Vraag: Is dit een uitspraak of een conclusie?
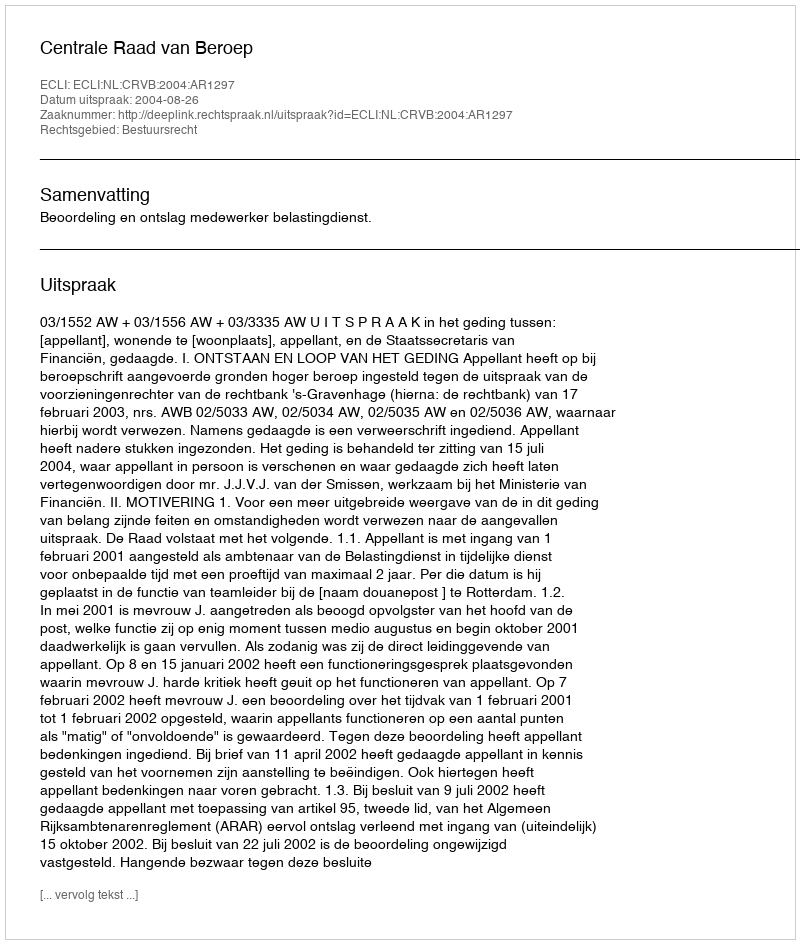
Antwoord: Uitspraak